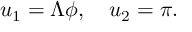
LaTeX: u _ { 1 } = \Lambda \phi , \quad u _ { 2 } = \pi .